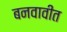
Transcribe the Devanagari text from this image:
बनवावीत